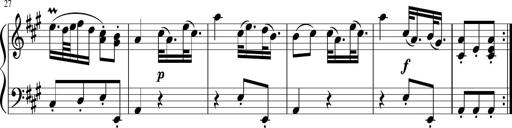
Title: 12 Keyboard Sonatinas
Composer: James Hook